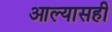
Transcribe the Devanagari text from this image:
आल्यासही